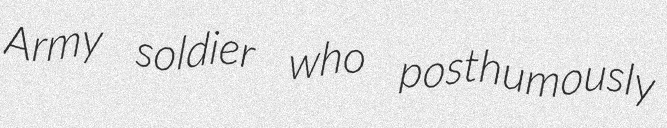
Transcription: Army soldier who posthumously